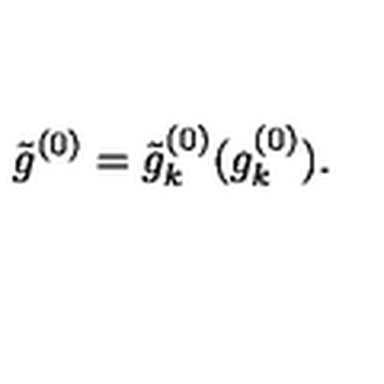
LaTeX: \tilde { g } ^ { ( 0 ) } = \tilde { g } _ { k } ^ { ( 0 ) } ( g _ { k } ^ { ( 0 ) } ) .